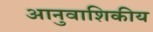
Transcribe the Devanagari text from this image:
आनुवाशिकीय